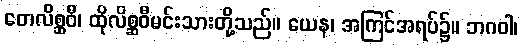
တေလိစ္ဆဝီ၊ ထိုလိစ္ဆဝီမင်းသားတို့သည်။ ယေန၊ အကြင်အရပ်၌။ ဘဂဝါ၊